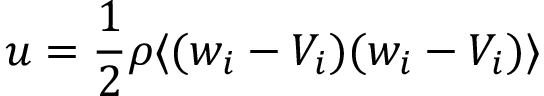
u = { \frac { 1 } { 2 } } \rho \langle ( w _ { i } - V _ { i } ) ( w _ { i } - V _ { i } ) \rangle